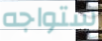
ستواجه